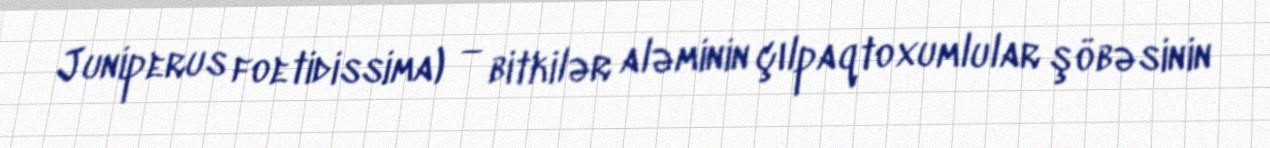
Juniperus foetidissima) — bitkilər aləminin çılpaqtoxumlular şöbəsinin